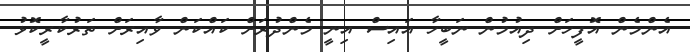
އެންމެން އޮފީހަށް ދިއުމުން ނަބީހާ އައިސް އިނީ މެންދުރަށް ކައްކަން ވާއިރަށް ތަރުކާރީކޮޅު